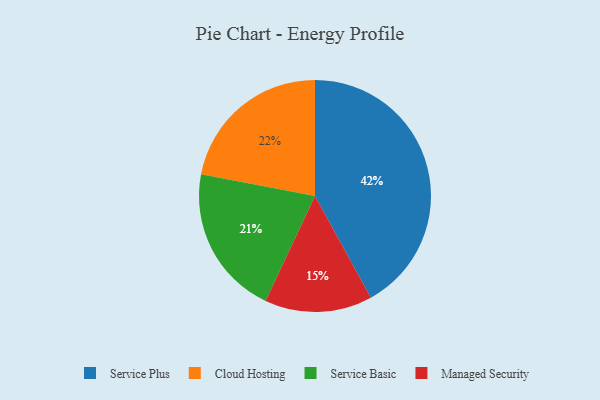
{"axis": {"x": "Category", "y": "Percentage"}, "legend": ["Cloud Hosting", "Managed Security", "Service Basic", "Service Plus"], "data": [{"x": "Cloud Hosting", "y": 22, "type": "Cloud Hosting"}, {"x": "Service Plus", "y": 42, "type": "Service Plus"}, {"x": "Service Basic", "y": 21, "type": "Service Basic"}, {"x": "Managed Security", "y": 15, "type": "Managed Security"}]}